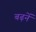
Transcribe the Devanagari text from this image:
बढ़नें